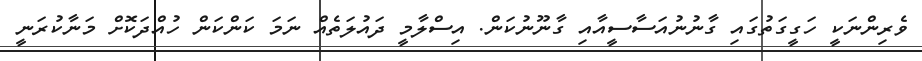
ވެރިންނަކީ ހަގީގަތުގައި ގާނުނުއަސާސީއާއި ގާނޫނުކަން. އިސްލާމީ ދައުލަތެއް ނަމަ ކަންކަން ހުއްދަކޮށް މަނާކުރަނީ